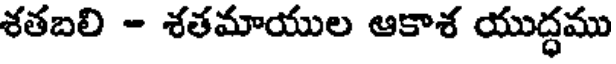
శతబలి - శతమాయుల ఆకాశ యుద్ధము